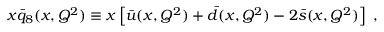
x \bar { q } _ { 8 } ( x , Q ^ { 2 } ) \equiv x \left[ \bar { u } ( x , Q ^ { 2 } ) + \bar { d } ( x , Q ^ { 2 } ) - 2 \bar { s } ( x , Q ^ { 2 } ) \right] \ ,